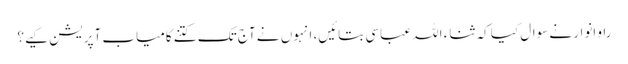
راو انوار نے سوال کیا کہ ثناء اللہ عباسی بتائیں، انہوں نے آج تک کتنے کامیاب آپریشن کیے؟